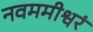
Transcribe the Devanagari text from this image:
नवममीश्वरं